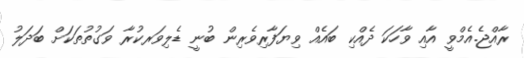
ރާއްޖެ.އެމްވީ އާއި ވާހަކަ ދެއްކި ބައެއް ވިޔަފާރިވެރިން ބުނީ ޑެލިވަރކުރާ ވަގުތުތަކަށް ބަދަލު